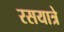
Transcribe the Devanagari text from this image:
रसयात्रे